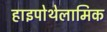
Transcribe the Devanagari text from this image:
हाइपोथेलामिक